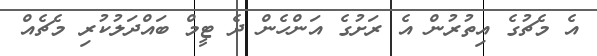
އެ މެޗުގެ އިތުރުން އެ ރަށުގެ އަންހެން ދެ ޓީމް ބައްދަލުކުރި މެޗެއް